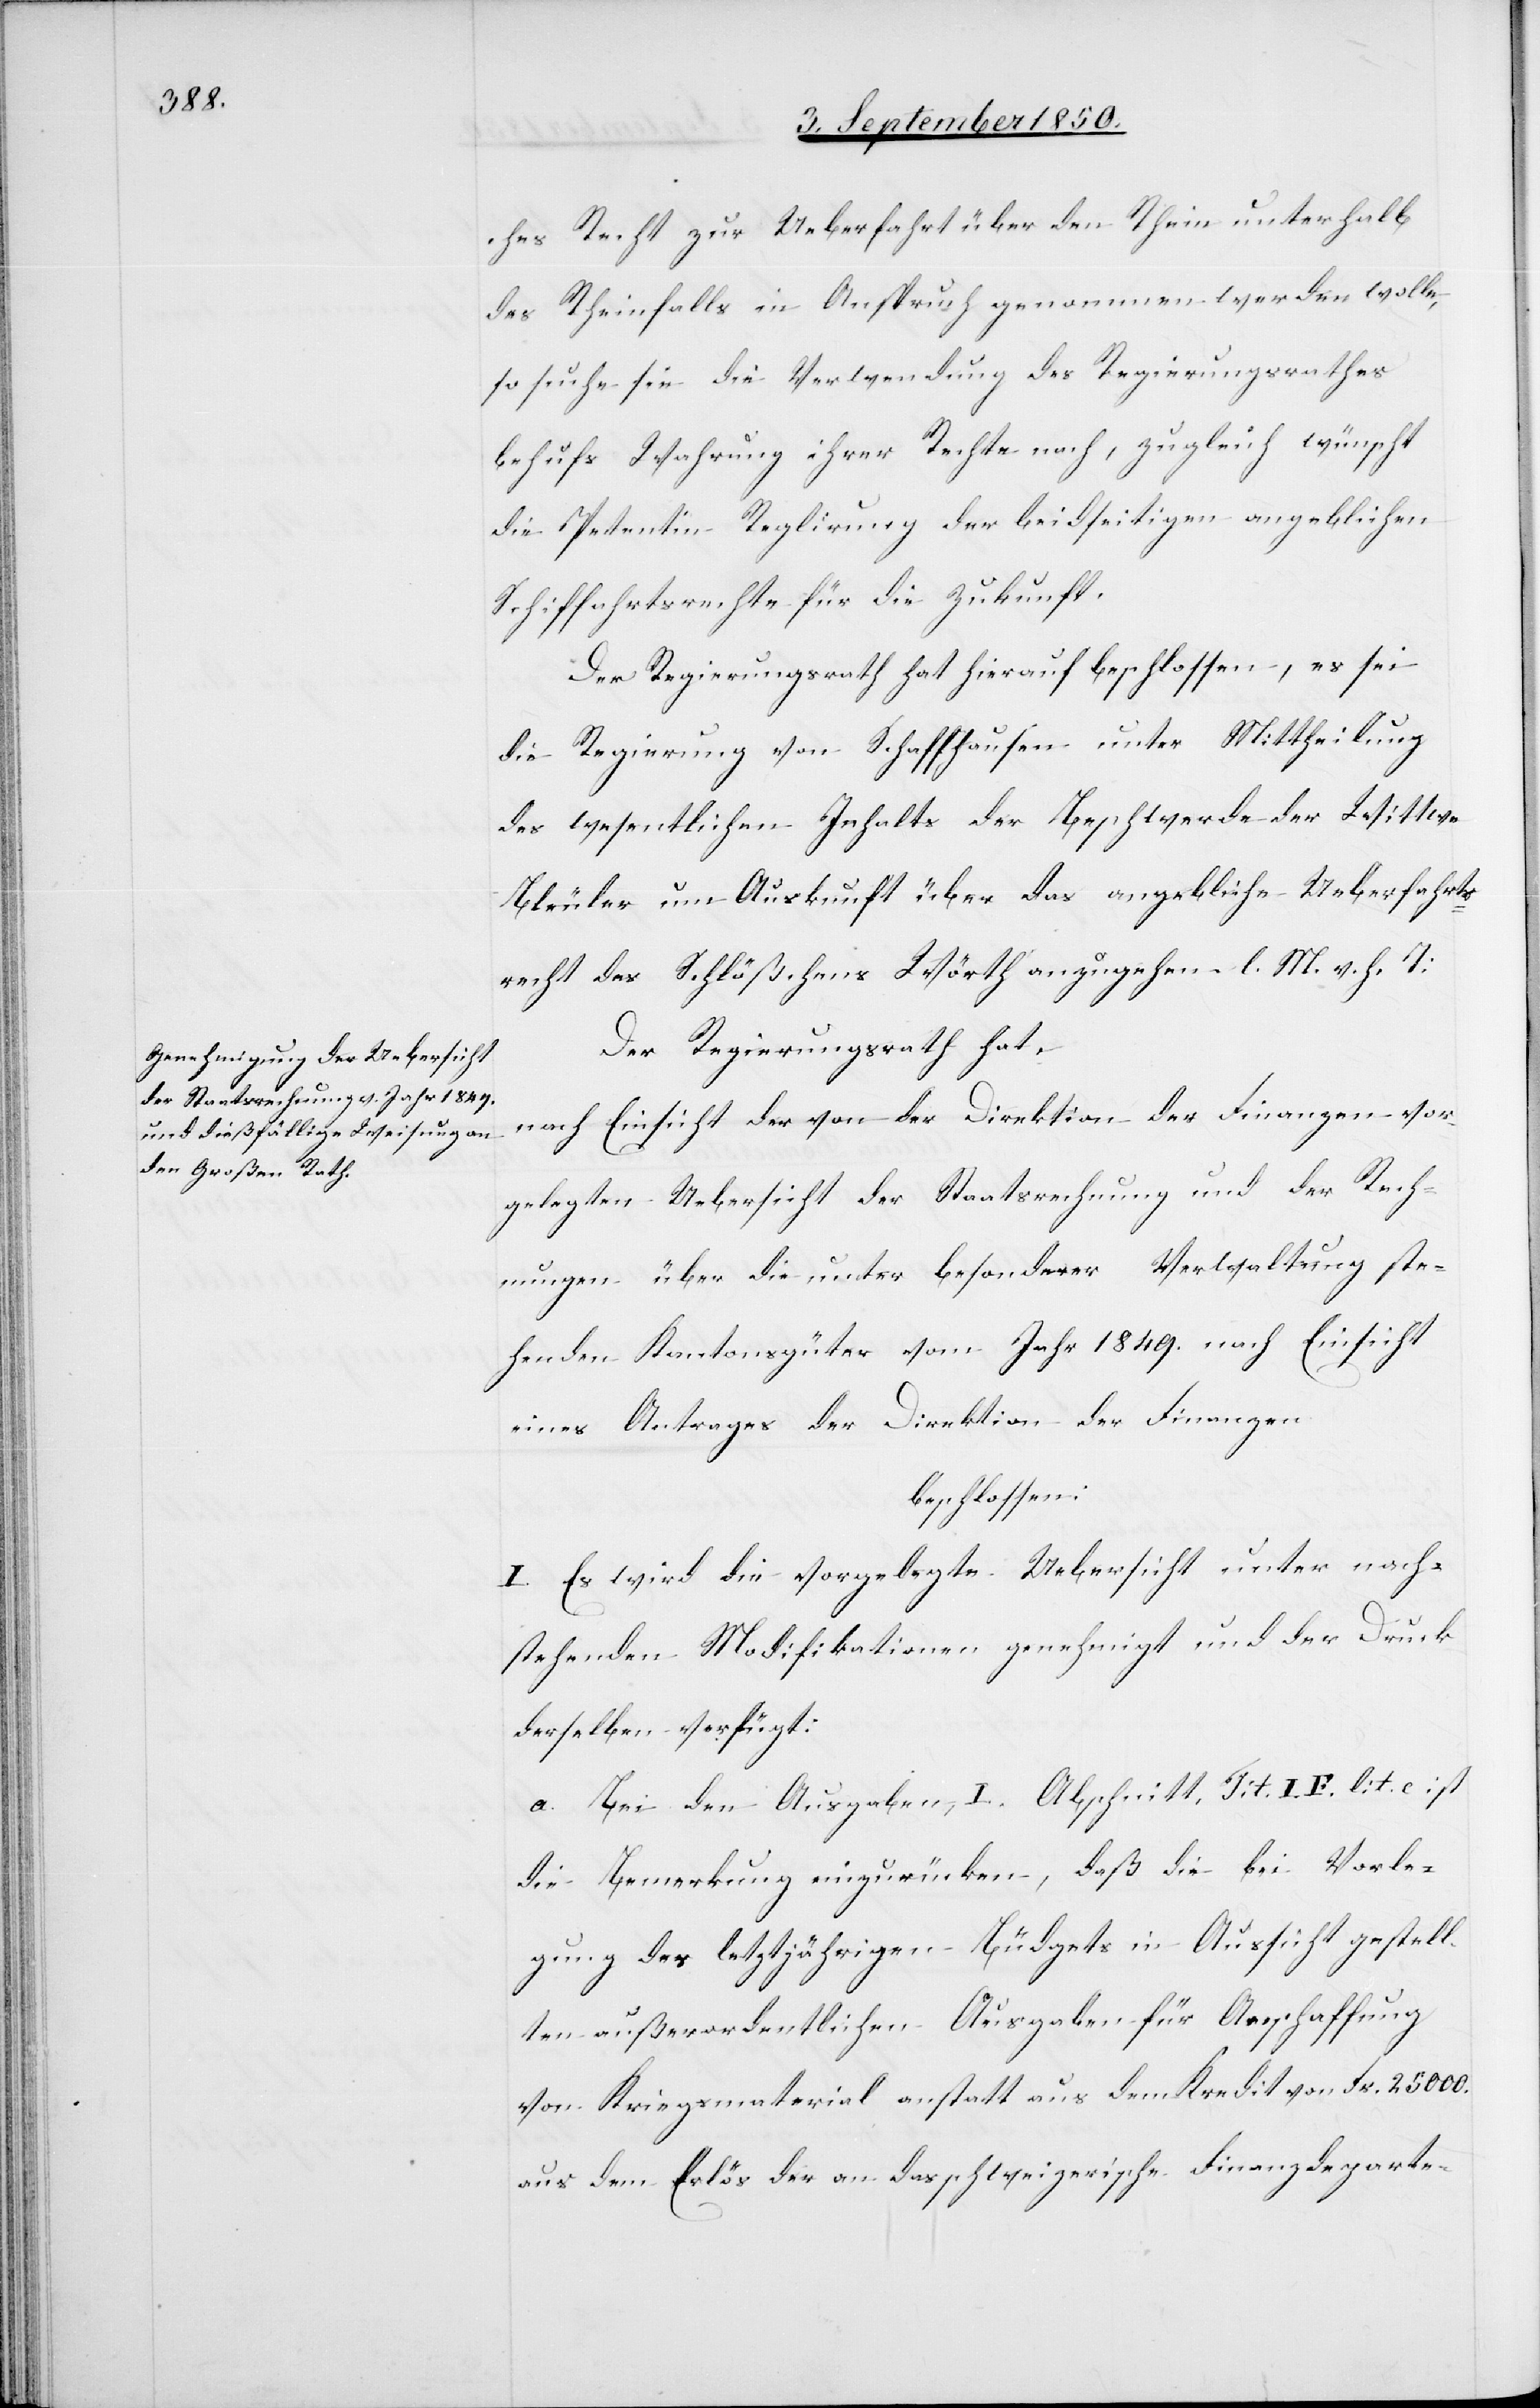
ches Recht zur Ueberfahrt über den Rhein unterhalb
des Rheinfalls in Anspruch genommen werden wolle,
so suche sie die Verwendung des Regierungsrathes
behufs Wahrung ihrer Rechte nach, zugleich wünscht
die Petentin Reglirung der beidseitigen angeblichen
Schiffahrtsrechte für die Zukunft.
Der Regierungsrath hat hierauf beschlossen, es sei
die Regierung von Schaffhausen unter Mittheilung
des wesentlichen Inhalts der Beschwerde der Wittwe
Bleuler um Auskunft über das angebliche Ueberfahrts¬
recht des Schlößchens Wörth anzugehen. l. M. v. h. T:
Der Regierungsrath hat,
nach Einsicht der von der Direktion der Finanzen vor¬
gelegten Uebersicht der Staatsrechnung und der Rech¬
nungen über die unter besonderer Verwaltung ste¬
henden Kantonsgüter vom Jahr 1849. nach Einsicht
eines Antrages der Direktion der Finanzen
beschlossen:
I. Es wird die vorgelegte Uebersicht unter nach¬
stehenden Modifikationen genehmigt und der Druck
derselben verfügt:
a. Bei den Ausgaben I. Abschnitt Tit. I. F. lit. c ist
die Bemerkung einzurücken, daß die bei Vorle¬
gung des letztjährigen Büdgets in Aussicht gestell¬
ten außerordentlichen Ausgaben für Anschaffung
von Kriegsmaterial anstatt aus dem Kredit von Fr. 25 000.
aus dem Erlös der an das schweizerische Finanzdeparte-